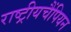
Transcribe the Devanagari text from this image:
राष्ट्रीयचैंपियन